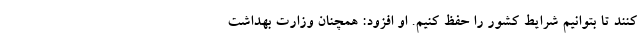
کنند تا بتوانیم شرایط کشور را حفظ کنیم. او افزود: همچنان وزارت بهداشت